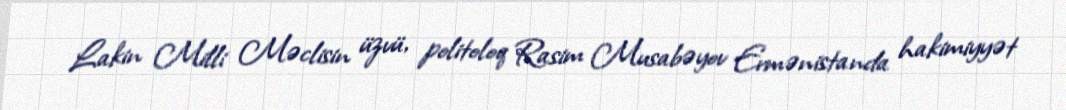
Lakin Milli Məclisin üzvü, politoloq Rasim Musabəyov Ermənistanda hakimiyyət